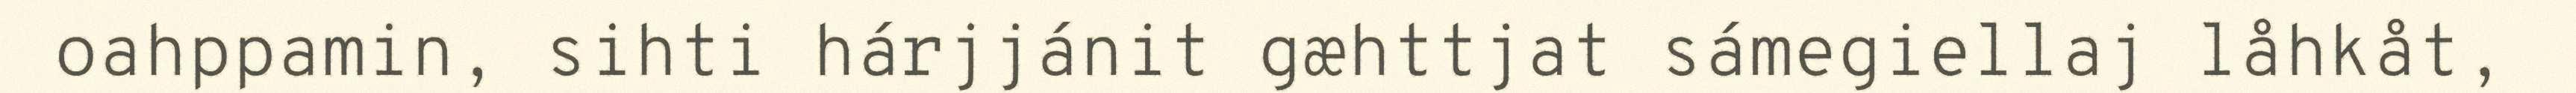
oahppamin, sihti hárjjánit gæhttjat sámegiellaj låhkåt,